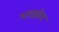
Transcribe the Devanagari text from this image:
भाववेग